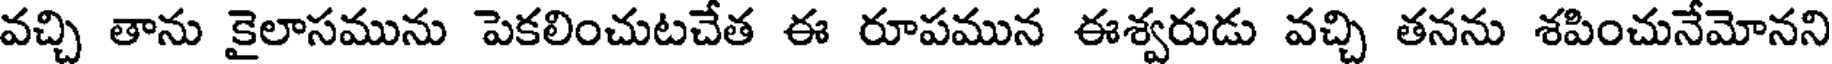
వచ్చి తాను కైలాసమును పెకలించుటచేత ఈ రూపమున ఈశ్వరుడు వచ్చి తనను శపించునేమోనని